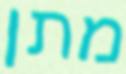
מתן